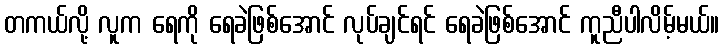
တကယ်လို့ လူက ရေကို ရေခဲဖြစ်အောင် လုပ်ချင်ရင် ရေခဲဖြစ်အောင် ကူညီပါလိမ့်မယ်။